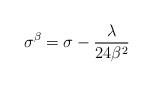
LaTeX: \begin{align*}\sigma^{\beta}=\sigma-\frac{\lambda}{24\beta^2}\end{align*}